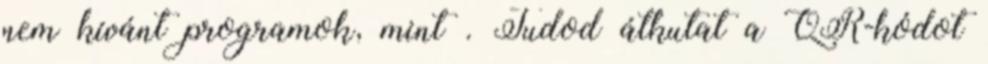
nem kívánt programok, mint . Tudod átkutat a QR-kódot